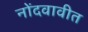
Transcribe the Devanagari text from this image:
नोंदवावीत